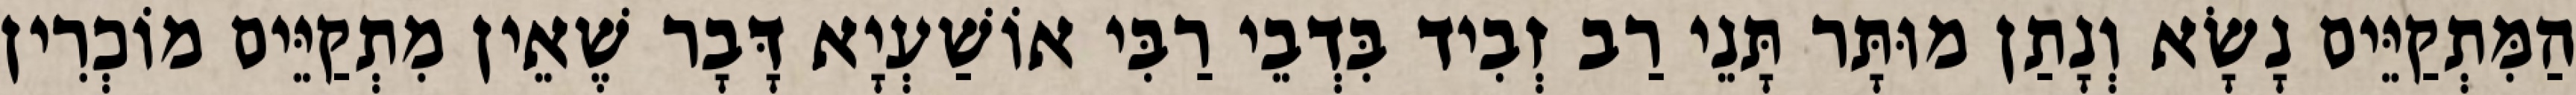
הַמִּתְקַיֵּים נָשָׂא וְנָתַן מוּתָּר תָּנֵי רַב זְבִיד בִּדְבֵי רַבִּי אוֹשַׁעְיָא דָּבָר שֶׁאֵין מִתְקַיֵּים מוֹכְרִין